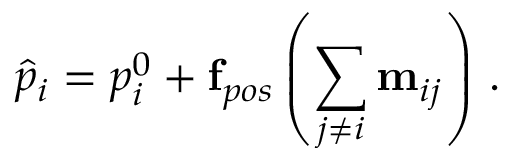
\hat { p } _ { i } = p _ { i } ^ { 0 } + \mathbf { f } _ { p o s } \left( \sum _ { j \neq i } \mathbf { \overrightarrow { m } } _ { i j } \right) \, .